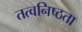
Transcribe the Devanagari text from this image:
तत्वनिष्ठता